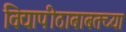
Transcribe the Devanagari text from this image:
विद्यापीठाबाबतच्या